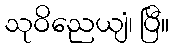
သုဝိညေယျံ၊ ပြီ။